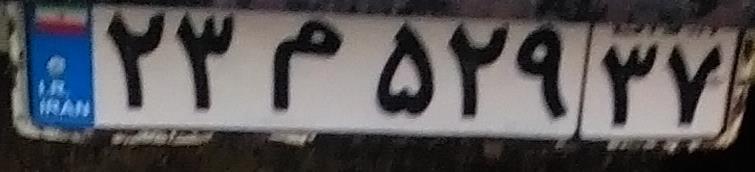
۲۳م۵۲۹۳۷